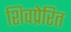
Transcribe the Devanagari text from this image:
शिवप्रेरित